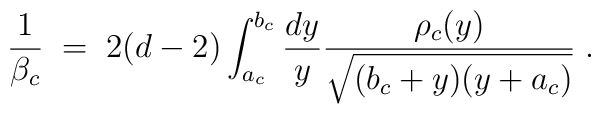
{1\over \beta_c}\;=\; 2(d-2)\int_{a_c}^{b_c} {dy\over y}{\rho_c(y)\over \sqrt{(b_c+y)(y+a_c)}}\;.